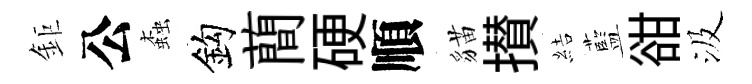
鉅公螙鈎蕳硬順貓攅結藍𧮳汲